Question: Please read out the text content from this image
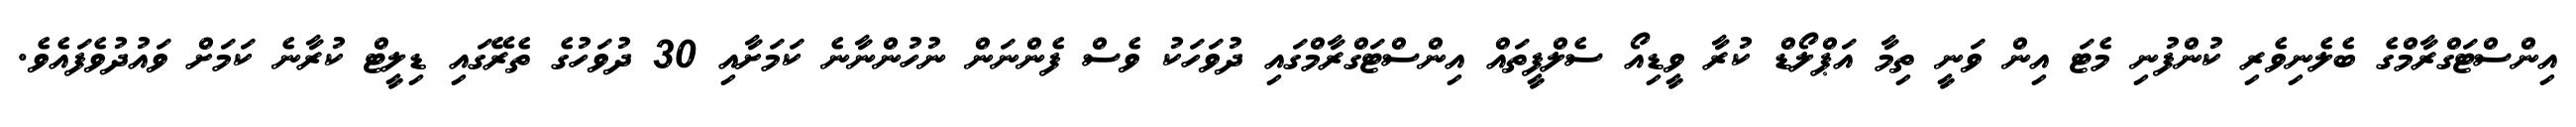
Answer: އިންސްޓަގްރާމްގެ ބެލެނިވެރި ކުންފުނި މެޓަ އިން ވަނީ ތިމާ އަޕްލޯޑް ކުރާ ވީޑިއޯ ސެލްފީތައް އިންސްޓަގްރާމްގައި ދުވަހަކު ވެސް ފެންނަން ނުހުންނާނެ ކަމަށާއި 30 ދުވަހުގެ ތެރޭގައި ޑިލީޓް ކުރާނެ ކަމަށް ވައުދުވެފައެވެ.